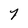
Character: 7